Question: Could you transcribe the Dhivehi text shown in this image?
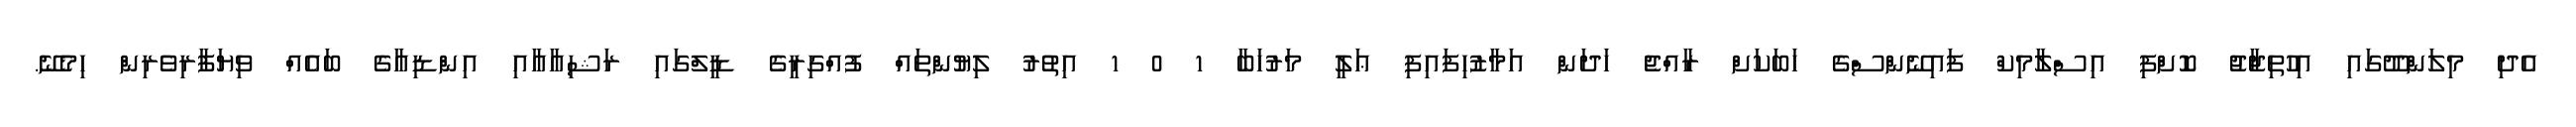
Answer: އެދި މިލަންދޫގައި އިހުތިޖާޖު ކޮށްފި އިސްލާމިކް ފައިނޭންސްގެ ހަބަކަށް ރާއްޖެ ހަދަން އަމާޒުހިފައިފި ޢަލީ މަރުހަބާ 1 0 1 އިތުރު ލިޔުންތައް ފުއްގިރީގެ ޑީލްގައި ރަޝިއާއާއި އިންޑިއާގެ ބައެއް ވިޔަފާރިވެރިން ހިމެނޭ.